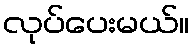
လုပ်ပေးမယ်။